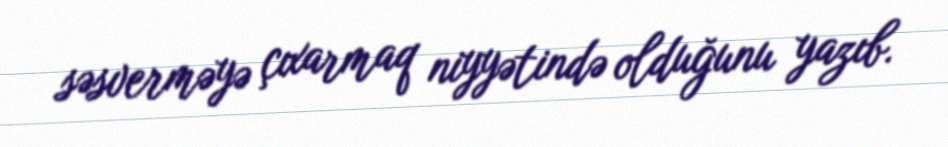
səsverməyə çıxarmaq niyyətində olduğunu yazıb.